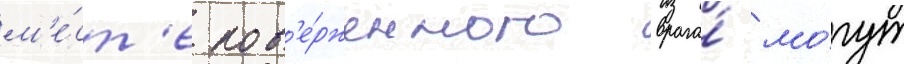
м'е́ст'е пов'е́рженного врага́ мо́гут